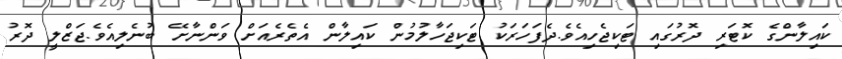
ކައިލާންގެ ކޮޓަރި ދޮރުގައި ޓަކިޖެހިއެވެ.ދެފަހަރަކު ޓަކިޖަހާލުމުން ކައިލާން އެތެރެއަށް ވަންނާށޭ ބުނެލިއެވެ.ޖަޒްލީ ދޮރު